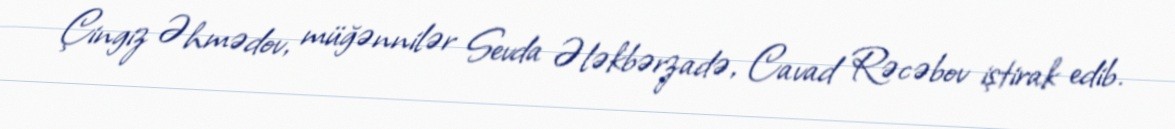
Çingiz Əhmədov, müğənnilər Sevda Ələkbərzadə, Cavad Rəcəbov iştirak edib.